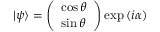
| \psi \rangle = { \left( \begin{array} { l } { \cos \theta } \\ { \sin \theta } \end{array} \right) } \exp \left( i \alpha \right)